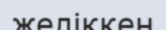
желіккен